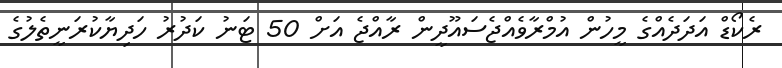
ރެކޯޑް އަދަދެއްގެ މީހުން އުމްރާވެއްޖެސައޫދީން ރާއްޖެ އަށް 50 ޓަނު ކަދުރު ހަދިޔާކުރަނީތެލުގެ